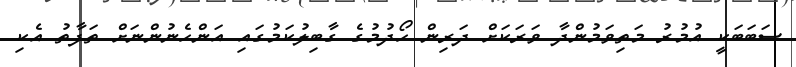
ސަބަބަކީ އުމުރު މަތިވަމުންދާ ވަރަކަށް ދަރިން ހޯދުމުގެ ގާބިލުކަމުގައި އަންހެނުންނަށް ތަފާތު އެކި